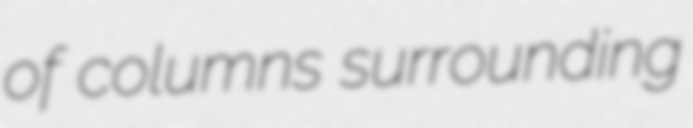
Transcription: of columns surrounding